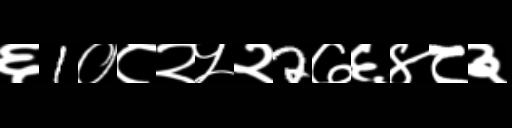
Text: ६1०८२५२2७६४८३